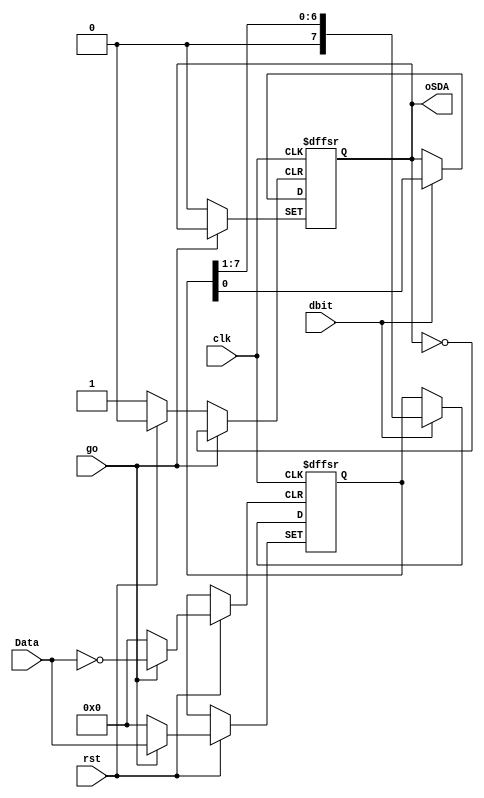

`timescale 1ns/1ns

module DU(clk, rst,dbit,go,Data, oSDA);
input clk;
input rst;
input dbit;
input go;
input [7:0] Data;
output reg oSDA;

reg [7:0]dout;

    always @(posedge clk or negedge rst or posedge go) begin
        if(!rst) begin
            dout <= 8'bx;
            oSDA <= 1'b0;
        end
        else begin
            if(go) begin
                dout <= Data;
            end
            else if(dbit) begin
                oSDA <= dout[0];
                dout <= dout >>1;
            end
        end
    end
endmodule